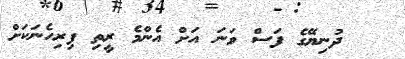
ދުނިޔޭގެ ފަސް ވަނަ އަށް އެންމެ ރީތި ފިރިހެނަކަށް